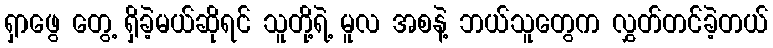
ရှာဖွေ တွေ့ ရှိခဲ့မယ်ဆိုရင် သူတို့ရဲ့ မူလ အစနဲ့ ဘယ်သူတွေက လွှတ်တင်ခဲ့တယ်